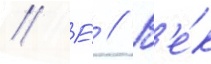
// Е́ // В'е́к